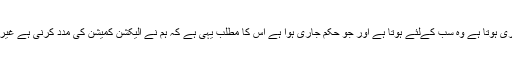
انہوںنے کہا کہ فوج کےلئے جو حکم جاری ہوتا ہے وہ سب کےلئے ہوتا ہے اور جو حکم جاری ہوا ہے اس کا مطلب یہی ہے کہ ہم نے الیکشن کمیشن کی مدد کرنی ہے غیر جانبدار اور غیر سیاسی ہو کر کرنی ہے۔